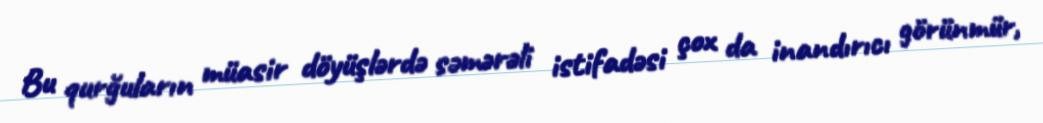
Bu qurğuların müasir döyüşlərdə səmərəli istifadəsi çox da inandırıcı görünmür,